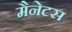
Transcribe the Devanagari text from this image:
मैनेटस